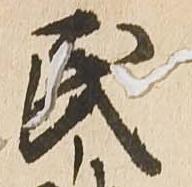
民